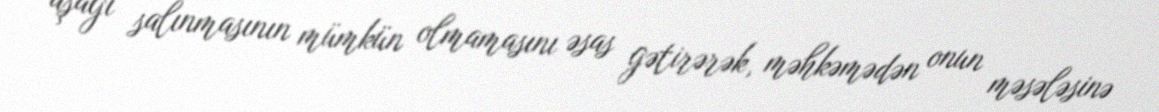
aşağı salınmasının mümkün olmamasını əsas gətirərək, məhkəmədən onun məsələsinə